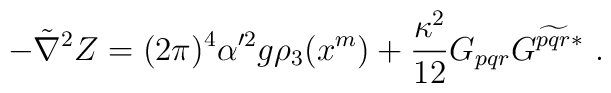
-\tilde\nabla^2 Z = (2\pi)^4 \alpha'^2 g \rho_3(x^m) + \frac{\kappa^2}{12} G_{pqr} G^{\widetilde{pqr}*}\ .